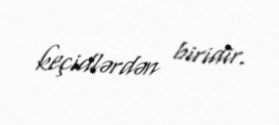
keçidlərdən biridir.